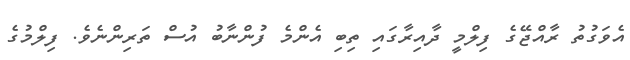
އެވަގުތު ރާއްޖޭގެ ފިލްމީ ދާއިރާގައި ތިބި އެންމެ ފުންނާބު އުސް ތަރިންނެވެ. ފިލްމުގެ